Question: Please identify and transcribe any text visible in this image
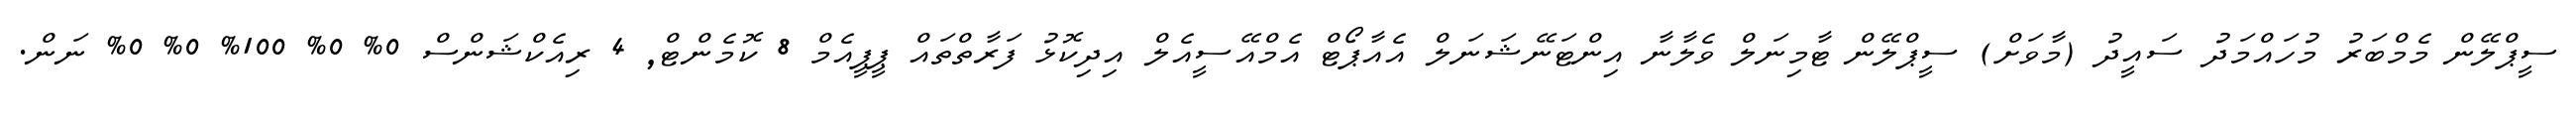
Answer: ސީޕްލޭން މެމްބަރު މުހައްމަދު ސައީދު (މާވަށް) ސީޕްލޭން ޓާމިނަލް ވެލާނާ އިންޓަނޭޝަނަލް އެއާޕޯޓް އެމްއޭސީއެލް އިދިކޮޅު ފަރާތްތައް ޕީޕީއެމް 8 ކޮމެންޓް, 4 ރިއެކްޝަންސް 0% 0% 100% 0% 0% ނަން.